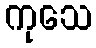
ကုသေ